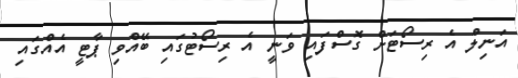
އަނިލް އެ ރިސޯޓަށް ގޮސްފައި ވަނީ އެ ރިސޯޓުގައި ބޭއްވި ޕާޓީ އެއްގައި